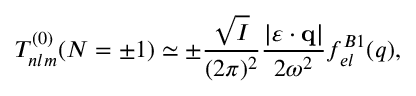
T _ { n l m } ^ { ( 0 ) } ( N = \pm 1 ) \simeq \pm \frac { \sqrt { I } } { ( 2 \pi ) ^ { 2 } } \frac { | \boldsymbol { \varepsilon } \cdot { \mathbf { q } } | } { 2 \omega ^ { 2 } } f _ { e l } ^ { B 1 } ( q ) ,